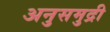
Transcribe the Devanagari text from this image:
अनुसमुद्री